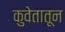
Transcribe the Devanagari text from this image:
कुवेतातून